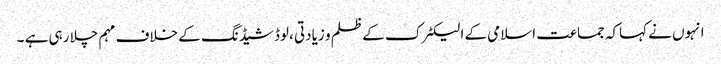
انہوں نے کہاکہ جماعت اسلامی کے الیکٹرک کے ظلم و زیادتی ،لوڈشیڈنگ کے خلاف مہم چلا رہی ہے ۔